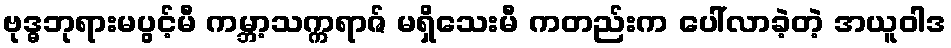
ဗုဒ္ဓဘုရားမပွင့်မီ ကမ္ဘာ့သက္ကရာဇ် မရှိသေးမီ ကတည်းက ပေါ်လာခဲ့တဲ့ အယူဝါဒ